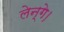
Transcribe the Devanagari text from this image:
लेन्गे।